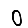
Digit: 0